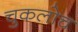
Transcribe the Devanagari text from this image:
चुकलोच